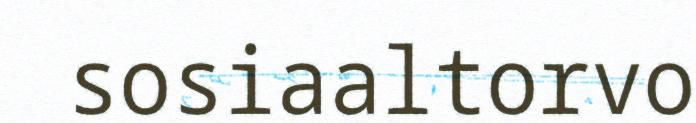
sosiaaltorvo